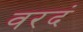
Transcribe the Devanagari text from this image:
वरदं